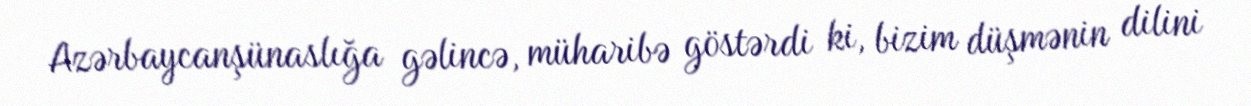
Azərbaycanşünaslığa gəlincə, müharibə göstərdi ki, bizim düşmənin dilini